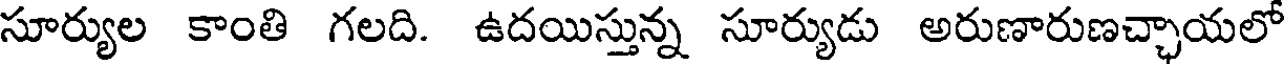
సూర్యుల కాంతి గలది. ఉదయిస్తున్న సూర్యుడు అరుణారుణచ్చాయలో